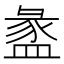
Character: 盠